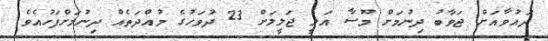
ދައުވާއަށް ޖަވާބު ދިނުމަށް މޫސާ އަލީ ޖަލީލަށް 23 ދުވަހުގެ މުއްދަތެއް ދިނުމަށްފަހުއެވެ.